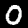
Label: 0